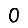
Digit: 0